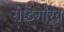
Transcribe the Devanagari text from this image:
राष्‍टगौरव